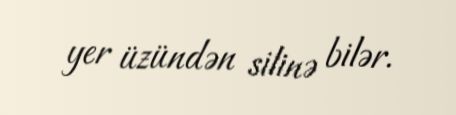
yer üzündən silinə bilər.